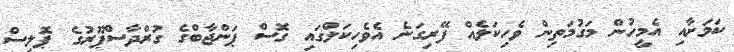
ކަމަށާއި އެމީހުން މަގުމަތިން ވެހިކަލެއް ފޭރިގަނެ އެވެހިކަލްގައި ގޮސް ޕަންޖާބްގެ ގުރްދާސްޕޫރުގެ ޕޮލިސް